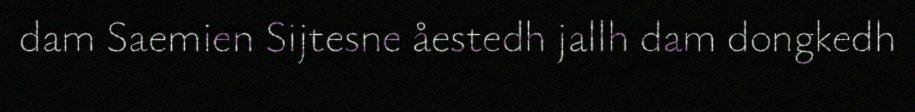
dam Saemien Sijtesne åestedh jallh dam dongkedh